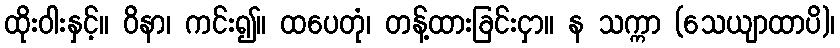
ထိုးဝါးနှင့်။ ဝိနာ၊ ကင်း၍။ ထပေတုံ၊ တန့်ထားခြင်းငှာ။ န သက္ကာ (သေယျာထာပိ)၊